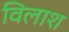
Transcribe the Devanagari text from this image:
विलाश